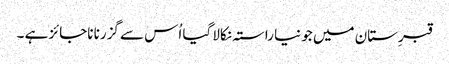
قبرِستان میں جو نیا راستہ نکالا گیا اُس سے گزرنا ناجائز ہے ۔